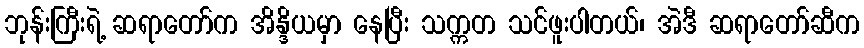
ဘုန်းကြီးရဲ့ ဆရာတော်က အိန္ဒိယမှာ နေပြီး သက္ကတ သင်ဖူးပါတယ်၊ အဲဒီ ဆရာတော်ဆီက